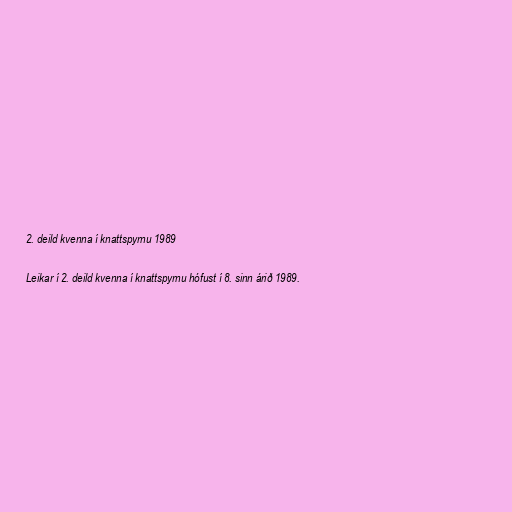
2. deild kvenna í knattspyrnu 1989

Leikar í 2. deild kvenna í knattspyrnu hófust í 8. sinn árið 1989.